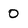
Character: 0